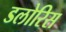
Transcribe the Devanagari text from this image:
डलोरिस